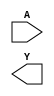
module sky130_fd_sc_hd__lpflow_clkinvkapwr (
    //# {{data|Data Signals}}
    input  A,
    output Y
);

    // Voltage supply signals
    supply1 KAPWR;
    supply1 VPWR ;
    supply0 VGND ;
    supply1 VPB  ;
    supply0 VNB  ;

endmodule